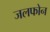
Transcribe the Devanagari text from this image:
जलफोन